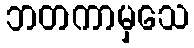
ဘတကာမှသေ